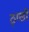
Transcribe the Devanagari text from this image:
ठ्ण्डी